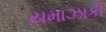
યમાઝાકી